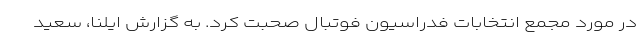
در مورد مجمع انتخابات فدراسیون فوتبال صحبت کرد. به گزارش ایلنا، سعید